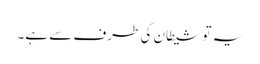
یہ تو شیطان کی طرف سے ہے۔